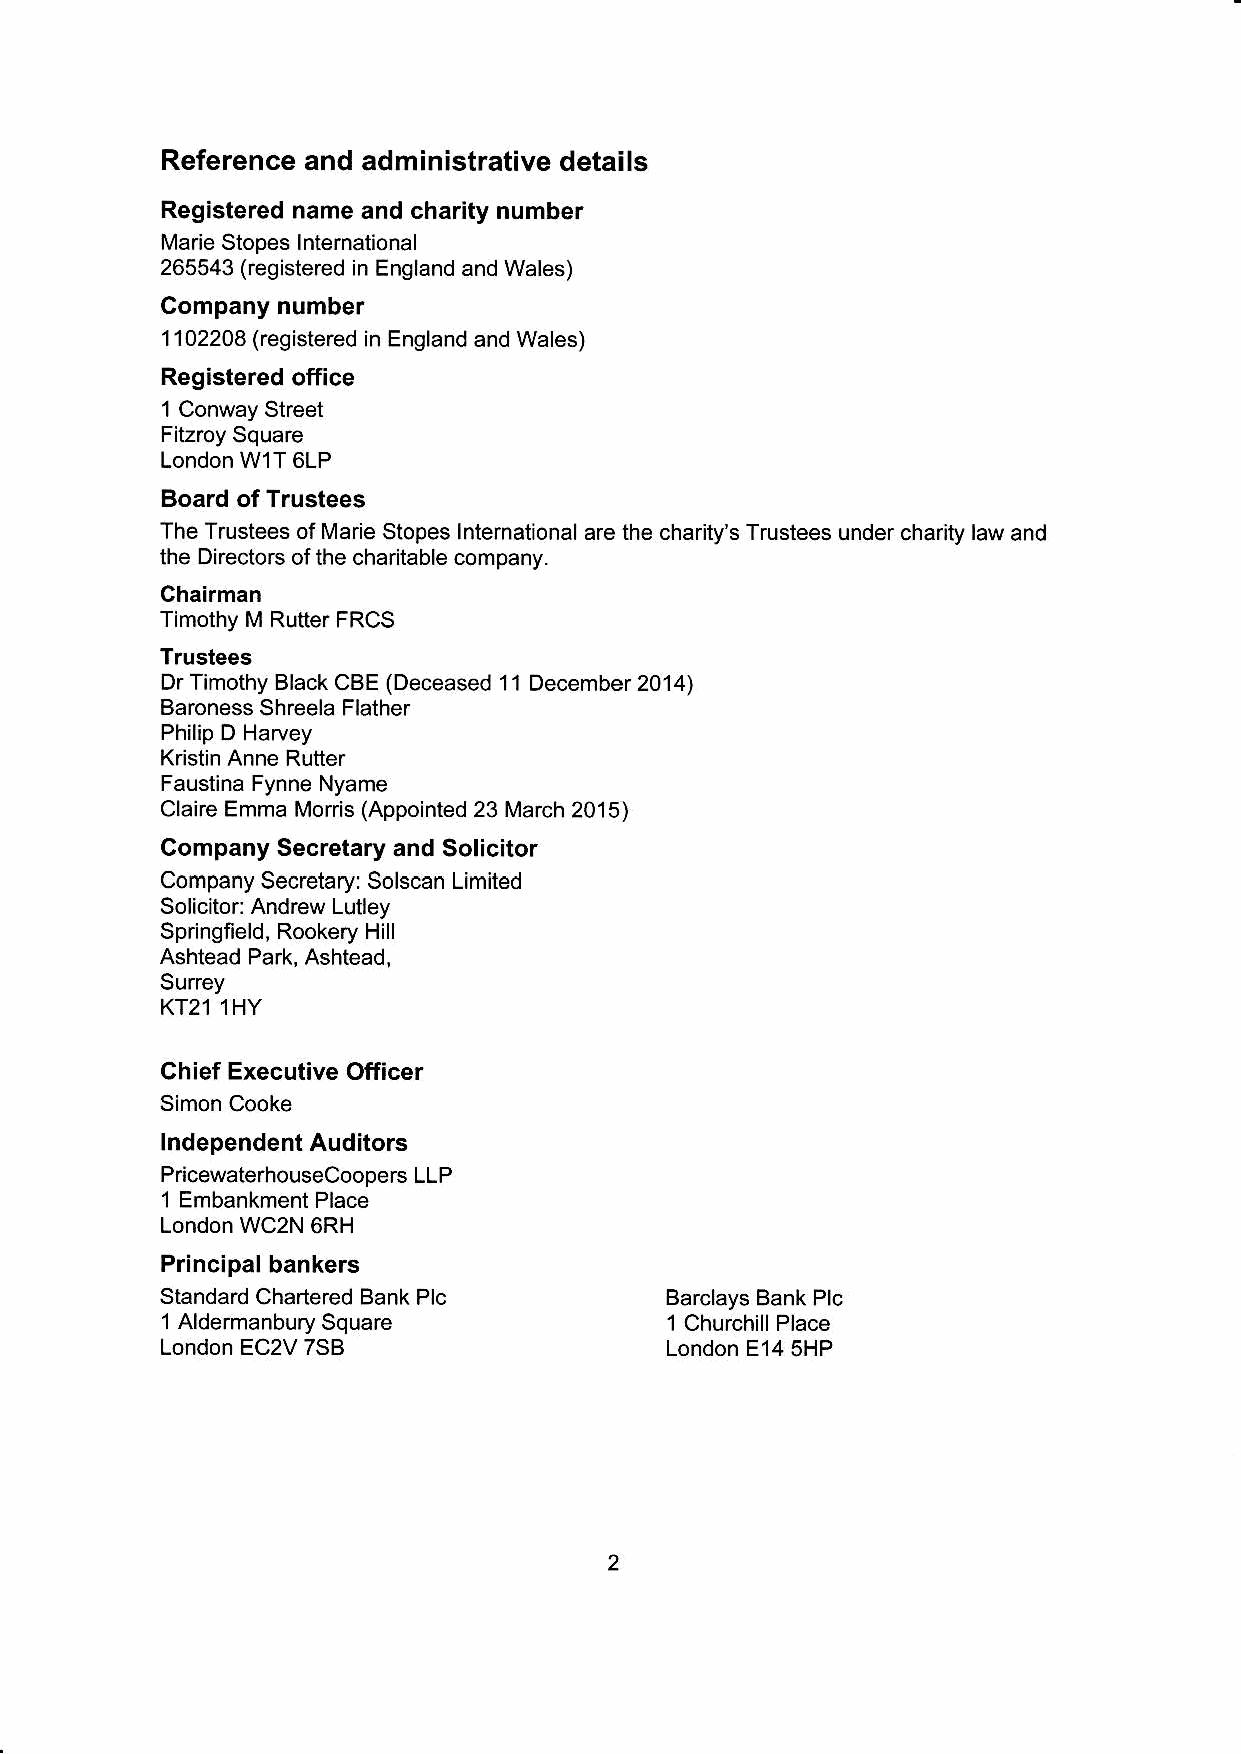
Reference and administrative details
 Registered name and charity number
 Marie Stopes lnternational
 265543 (registered in England and Wales)
 Company number
 1102208 (registered in England and Wales)
 Registered office
 'l Conway Street
 Fieroy Square
 London W1T 6LP
 Board of Trustees
 The Trustees of Marie Stopes lnternational are the charity's Trustees under charity law and
 the Directors ofthe charitable company.
 Chairman
 Timothy M Rutter FRCS
 Trustees
 Dr Timothy Black CBE (Deceased 11 December 2014)
 Baroness Shreela Flather
 Philip D Harvey
 Kristin Anne Rutter
 Faustina Fynne Nyame
 Claire Emma Morris (Appointed 23 March 2015)
 Company Secretary and Solicitor
 Company Secretary: Solscan Limited
 Solicitor: Andrew Lutley
 Springfield, Rookery Hill
 Ashtead Park, Ashtead,
 Surrey
 ltiY
 KT21
 Chief Executive Officer
 Simon Cooke
 lndepend6nt Auditors
 PricewaterhouseCoopers LLP
 1 Embankment Place
 London WC2N 6RH
 Principat bankers
 Plc
 Standard Chartered Bank          Barclays Bank Plc
 Square
 1 Aldermanbury                   'l Churchill Place
 EC2V7SB
 London                           London E14 sHP
 2